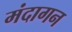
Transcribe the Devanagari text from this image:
मंदागन